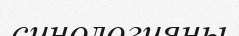
синологияны